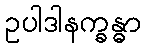
ဥပါဒါနက္ခန္ဓာ